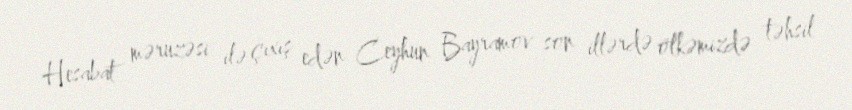
Hesabat məruzəsi ilə çıxış edən Ceyhun Bayramov son illərdə ölkəmizdə təhsil